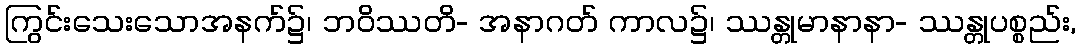
ကြွင်းသေးသောအနက်၌၊ ဘဝိဿတိ- အနာဂတ် ကာလ၌၊ ဿန္တုမာနာနာ- ဿန္တုပစ္စည်း,